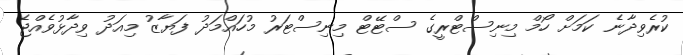
ކުރެވިދާނެ ކަމަށް ހޯމް މިނިސްޓްރީގެ ސްޓޭޓް މިނިސްޓަރު މުހައްމަދު ފަޔާޒު މިއަދު ވިދާޅުވެއްޖެ